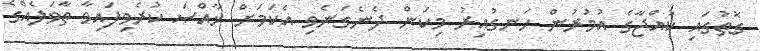
ގޮތުގައި ކުއްޖާގެ އުމުރުން ހަނގުއިރު މިކަން ދެނެގަނެވި އެކަމަށް ޚާއްޞަ ކުރެވިފައިވާ ތާވަލެއްގެ